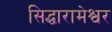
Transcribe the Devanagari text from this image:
सिद्धारामेश्वर